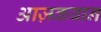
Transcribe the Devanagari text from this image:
आज़कबान